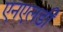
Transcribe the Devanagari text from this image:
एनएलडी